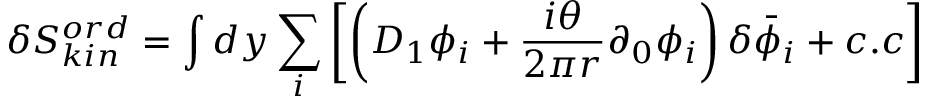
\delta S _ { k i n } ^ { o r d } = \int d y \sum _ { i } \left[ \left( D _ { 1 } \phi _ { i } + \frac { i \theta } { 2 \pi r } \partial _ { 0 } \phi _ { i } \right) \delta { \bar { \phi } _ { i } } + c . c \right]